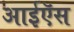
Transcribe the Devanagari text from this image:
आईऍस